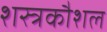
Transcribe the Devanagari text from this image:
शस्त्रकौशल